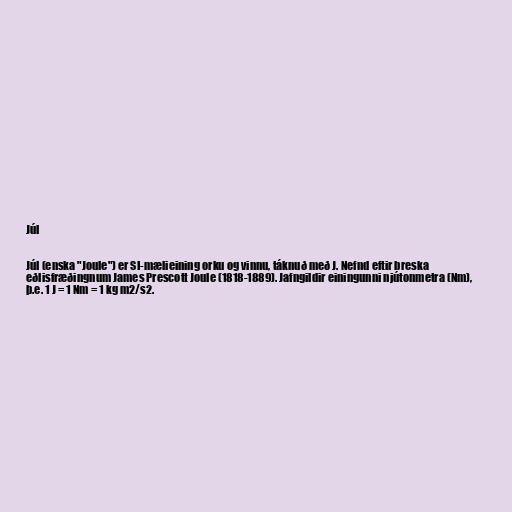
Júl

Júl (enska "Joule") er SI-mælieining orku og vinnu, táknuð með J. Nefnd eftir breska
eðlisfræðingnum James Prescott Joule (1818-1889). Jafngildir einingunni njútonmetra (Nm),
þ.e. 1 J = 1 Nm = 1 kg m2/s2.